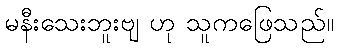
မနီးသေးဘူးဗျ ဟု သူကဖြေသည်။